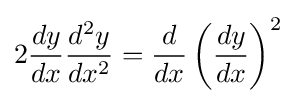
2{\frac {dy}{dx}}{\frac {d^{2}y}{dx^{2}}}={\frac {d}{dx}}\left({\frac {dy}{dx}}\right)^{2}